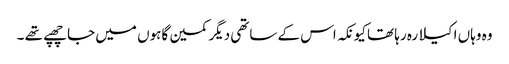
وہ وہاں اکیلا رہ رہا تھا کیونکہ اس کے ساتھی دیگر کمین گاہوں میں جا چھپے تھے ۔